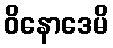
ဝိနောဒေမိ